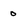
Character: o